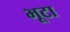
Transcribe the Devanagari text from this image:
भूटा